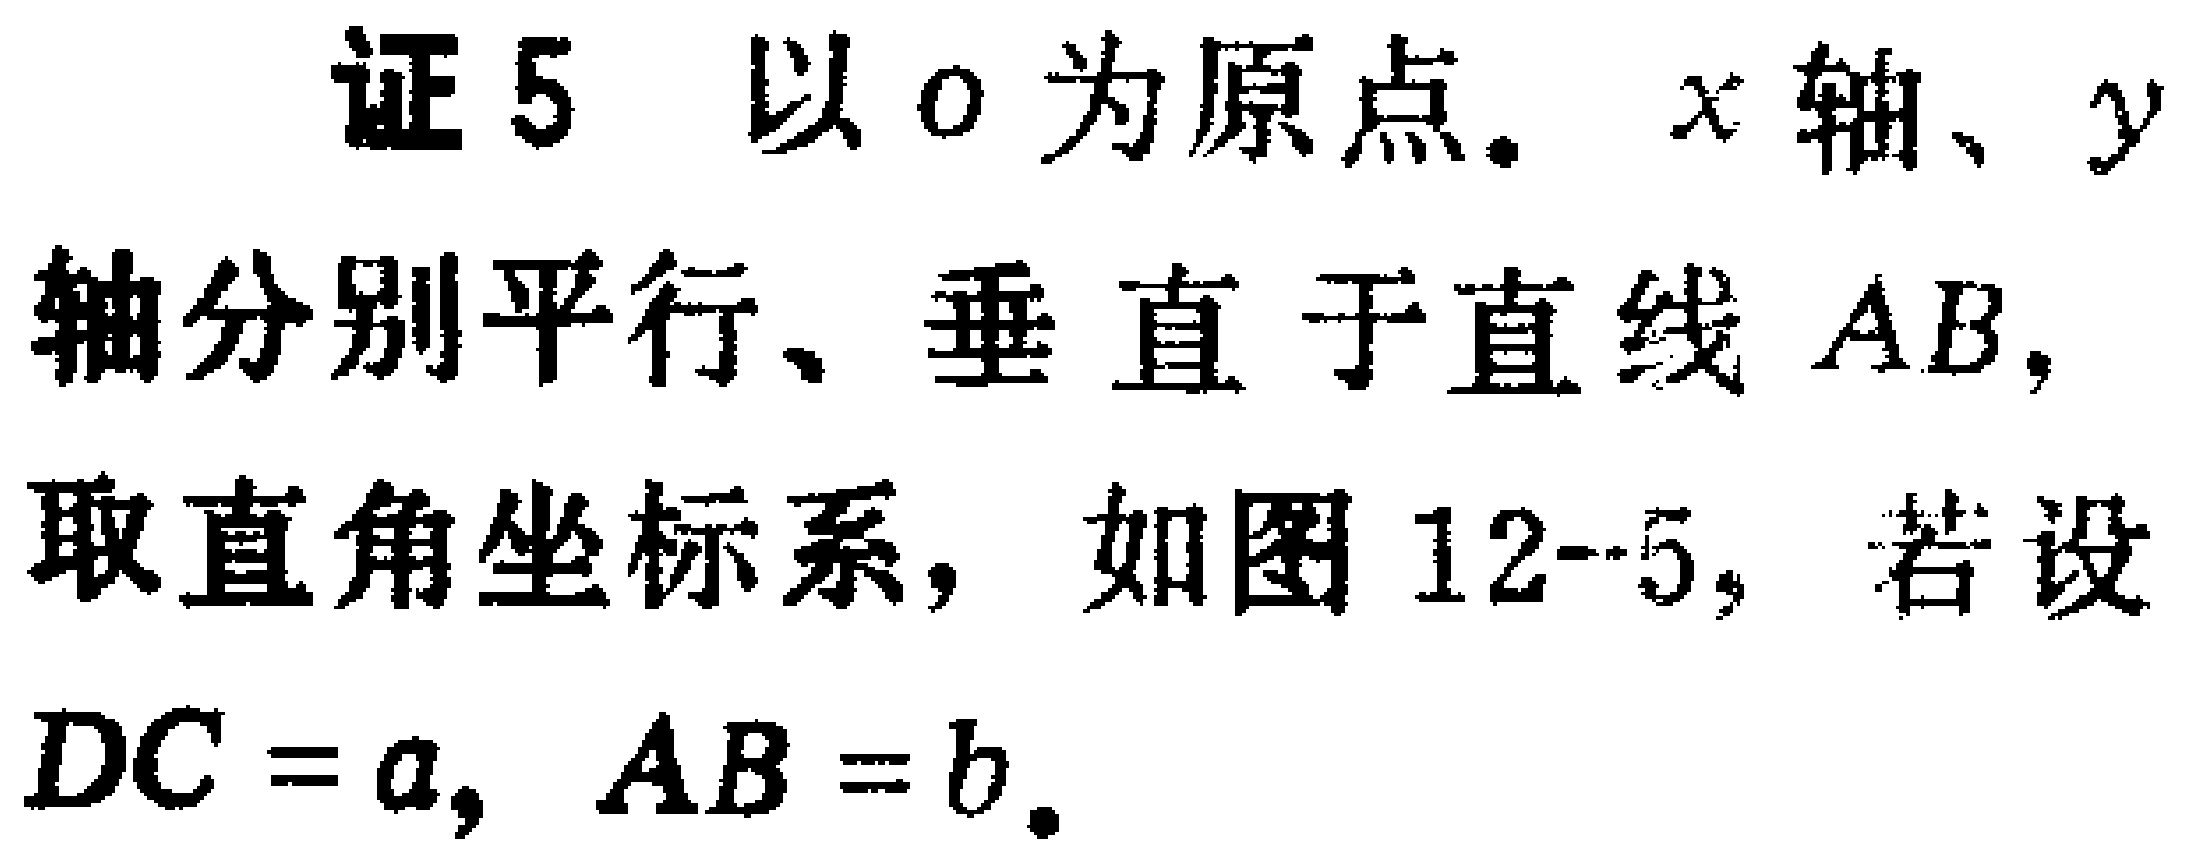
证5 以\(o\)为原点，\(x\)轴、\(y\)轴分别平行、垂直于直线\(AB\)，取直角坐标系，如图12-5，若设\(DC = a\)，\(AB = b\)。